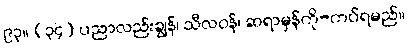
၉၃။ (၃၄) ပညာလည်းချွန်၊ သီလဝန်၊ ဆရာမှန်ကို-ကပ်ရမည်။